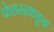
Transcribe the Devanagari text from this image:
फेडररकडून